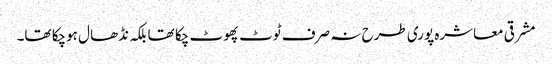
مشرقی معاشرہ پوری طرح نہ صرف ٹوٹ پھوٹ چکا تھا بلکہ نڈھال ہوچکا تھا۔